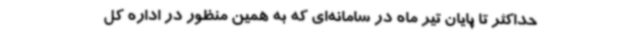
حداکثر تا پایان تیر ماه در سامانه‌ای که به همین منظور در اداره کل